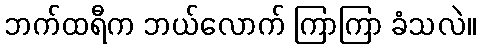
ဘက်ထရီက ဘယ်လောက် ကြာကြာ ခံသလဲ။